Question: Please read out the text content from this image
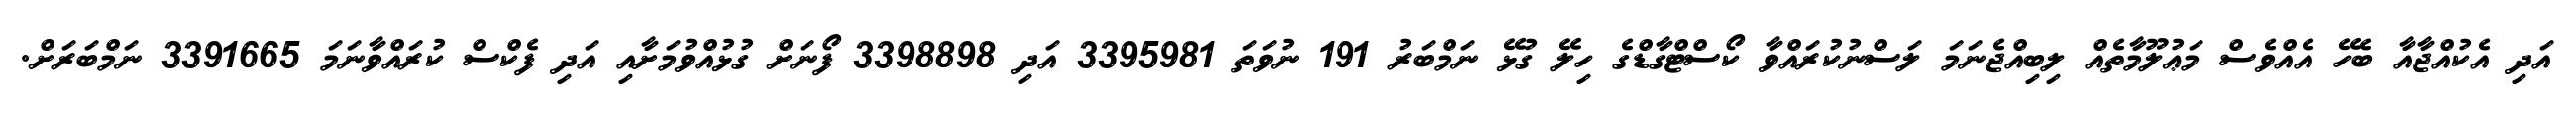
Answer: އަދި އެކުއްޖާއާ ބެހޭ އެއްވެސް މަޢުލޫމާތެއް ލިބިއްޖެނަމަ ލަސްނުކުރައްވާ ކޯސްޓްގާޑްގެ ހިލޭ ގުޅޭ ނަމްބަރު 191 ނުވަތަ 3395981 އަދި 3398898 ފޯނަށް ގުޅުއްވުމަށާއި އަދި ފެކްސް ކުރައްވާނަމަ 3391665 ނަމްބަރަށް.